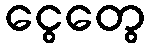
ငွေတွေ